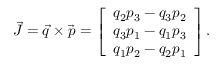
\begin{array} { r } { \vec { J } = \vec { q } \times \vec { p } = \left[ \begin{array} { l } { q _ { 2 } p _ { 3 } - q _ { 3 } p _ { 2 } } \\ { q _ { 3 } p _ { 1 } - q _ { 1 } p _ { 3 } } \\ { q _ { 1 } p _ { 2 } - q _ { 2 } p _ { 1 } } \end{array} \right] . } \end{array}